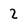
Character: 2